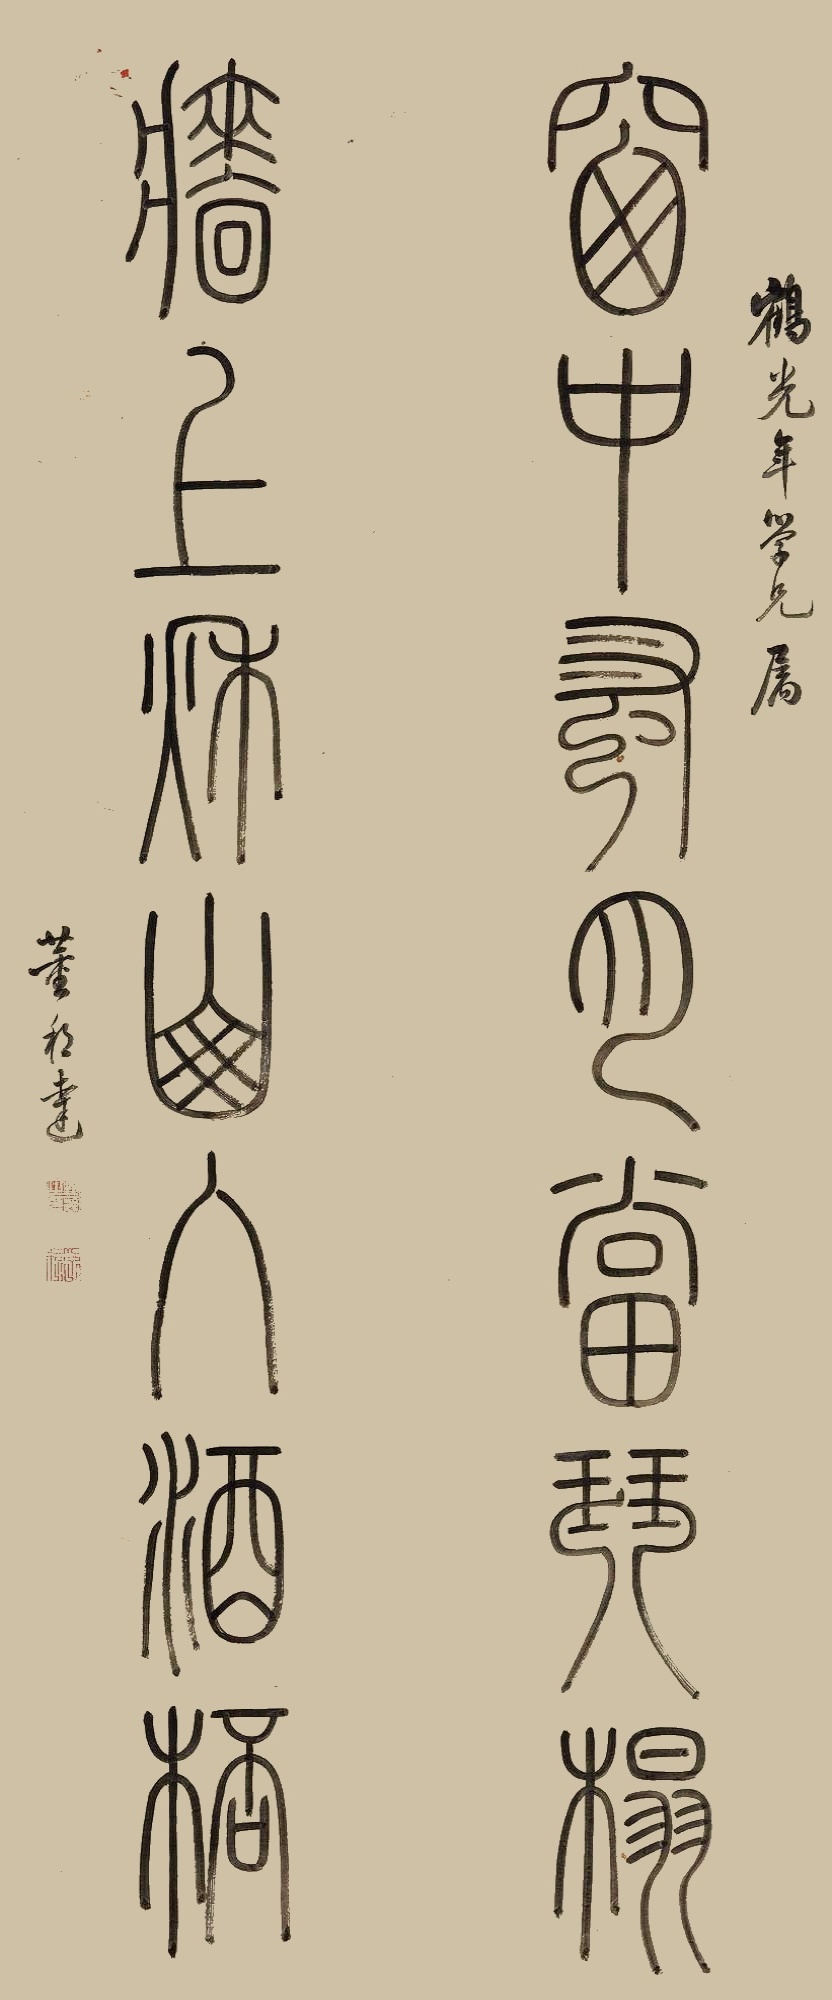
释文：窗中风月当琴榻，墙上秋山入酒杯。鹤光年学兄属，董邦达。